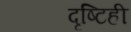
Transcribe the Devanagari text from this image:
दृष्टिही